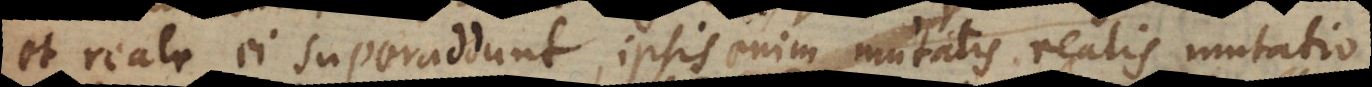
et reale ei superaddunt, ipsis enim mutatis realis mutatio